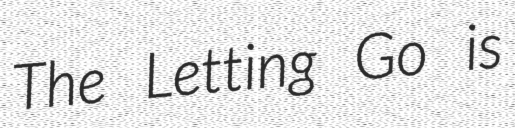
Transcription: The Letting Go is